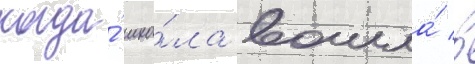
когда́ шко́ла вошла́ в